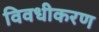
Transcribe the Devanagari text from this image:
विवधीकरण